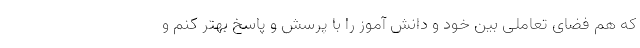
که هم فضای تعاملی بین خود و دانش آموز را با پرسش و پاسخ بهتر کنم و